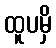
ထူပမှိ